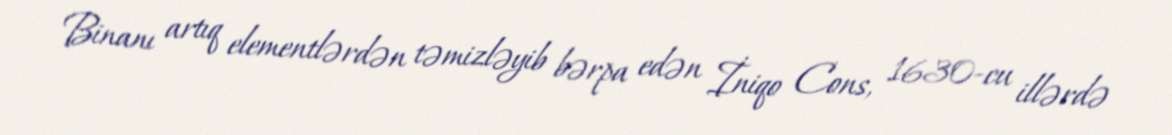
Binanı artıq elementlərdən təmizləyib bərpa edən İniqo Cons, 1630-cu illərdə